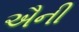
ઐની